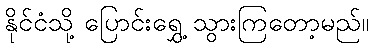
နိုင်ငံသို့ ပြောင်းရွှေ့ သွားကြတော့မည်။